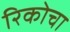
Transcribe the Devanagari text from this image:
रिकोचा